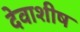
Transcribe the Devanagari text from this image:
देवाशीष